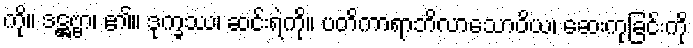
ကို။ ဒဋ္ဌဗ္ဗာ၊ ၏။ ဒုက္ခဿ၊ ဆင်းရဲကို။ ပတိကာရာဘိလာသောဝိယ၊ ဆေးကုခြင်းကို